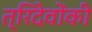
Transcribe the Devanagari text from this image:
त्रिदेवोंकी